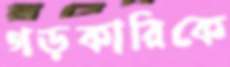
গড়কারিকে